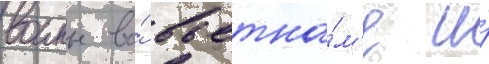
воины во́ вьетна́м'е и́